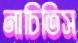
নাচিতিস